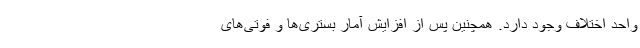
واحد اختلاف وجود دارد. همچنین پس از افزایش آمار بستری‌ها و فوتی‌های